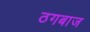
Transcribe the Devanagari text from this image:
ठगबाज